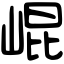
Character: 崐